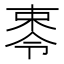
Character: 𪲥